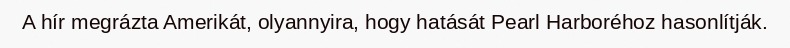
A hír megrázta Amerikát, olyannyira, hogy hatását Pearl Harboréhoz hasonlítják.